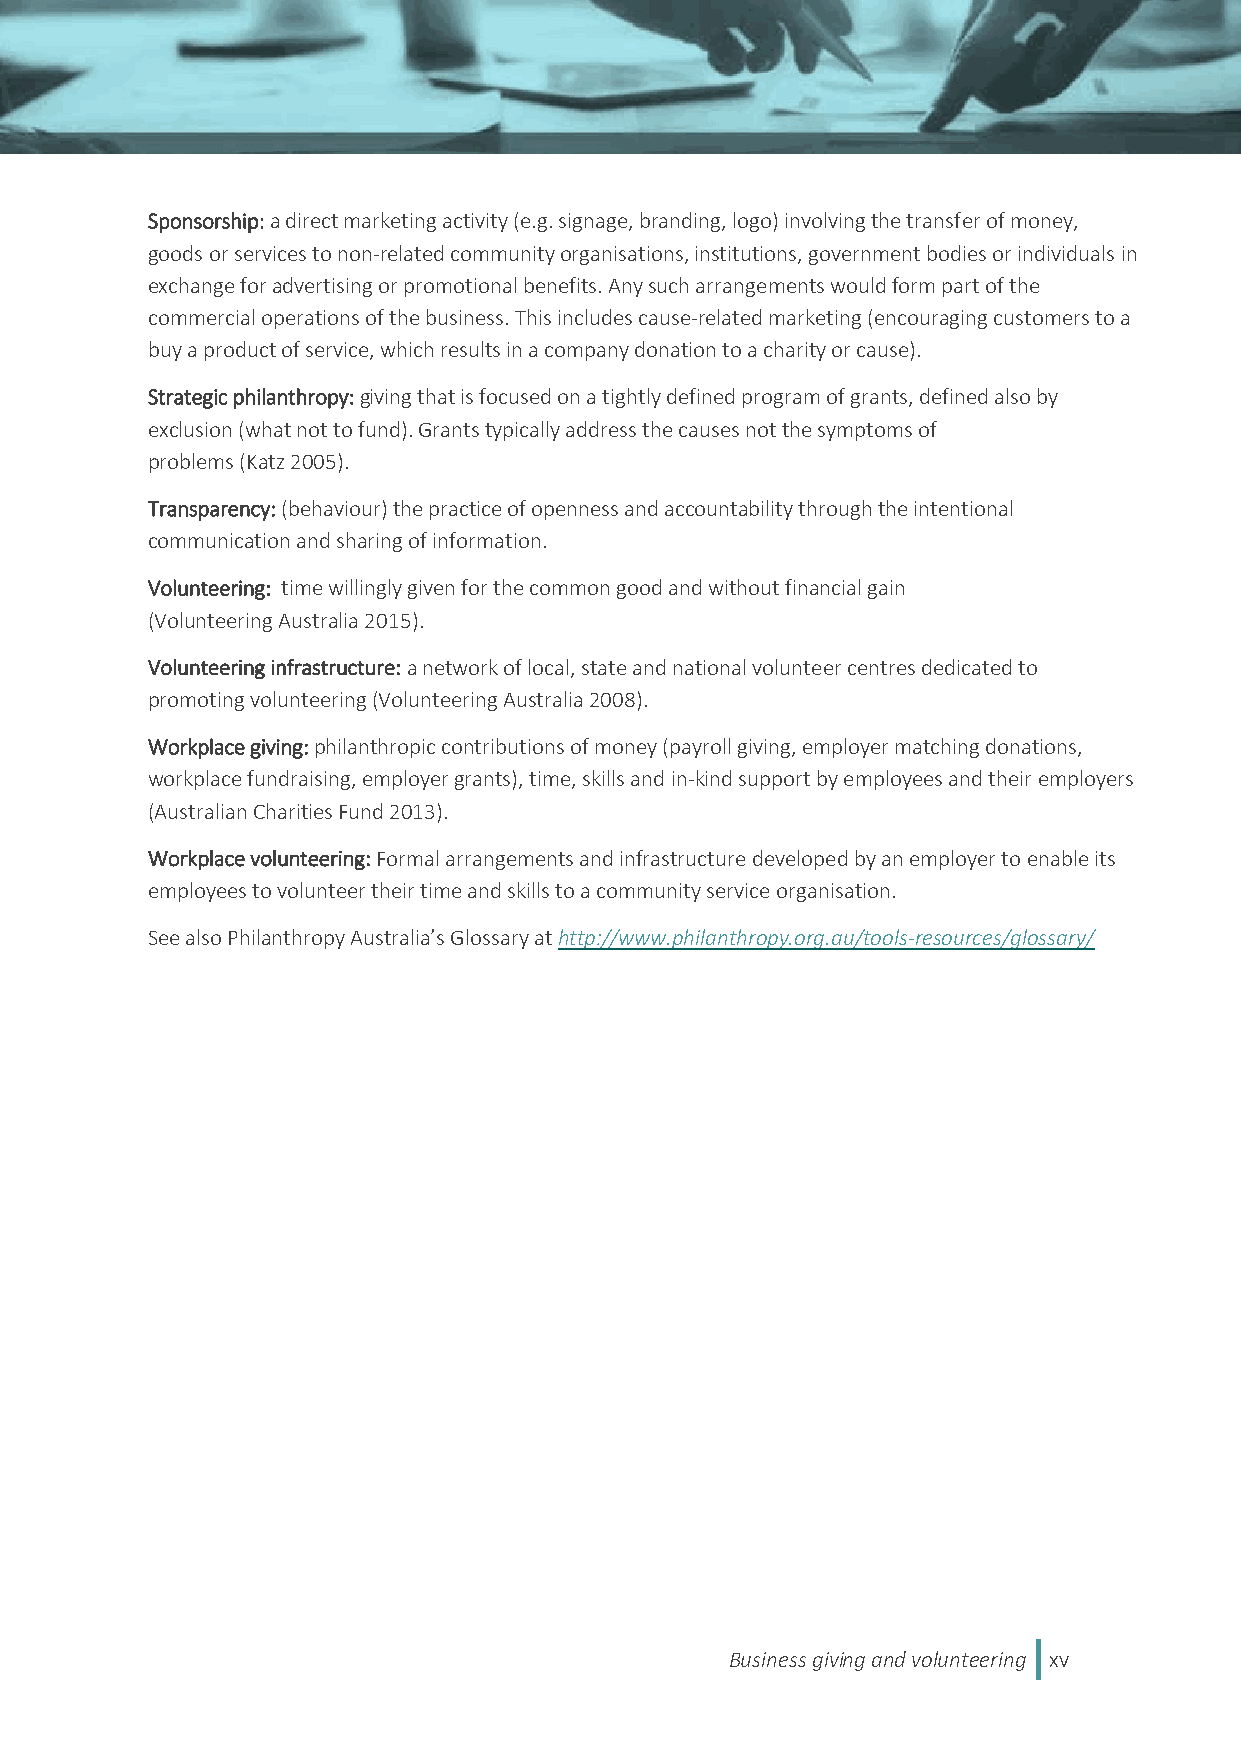
Sponsorship: a direct marketing activity (e.g. signage, branding, logo) involving the transfer of money,
 goods or services to non-related community organisations, institutions, government bodies or individuals in
 exchange for advertising or promotional benefits. Any such arrangements would form part of the
 commercial operations of the business. This includes cause-related marketing (encouraging customers to a
 buy a product of service, which results in a company donation to a charity or cause).
 Strategic philanthropy: giving that is focused on a tightly defined program of grants, defined also by
 exclusion (what not to fund). Grants typically address the causes not the symptoms of
 problems (Katz 2005).
 Transparency: (behaviour) the practice of openness and accountability through the intentional
 communication and sharing of information.
 Volunteering: time willingly given for the common good and without financial gain
 (Volunteering Australia 2015).
 Volunteering infrastructure: a network of local, state and national volunteer centres dedicated to
 promoting volunteering (Volunteering Australia 2008).
 Workplace giving: philanthropic contributions of money (payroll giving, employer matching donations,
 workplace fundraising, employer grants), time, skills and in-kind support by employees and their employers
 (Australian Charities Fund 2013).
 Workplace volunteering: Formal arrangements and infrastructure developed by an employer to enable its
 employees to volunteer their time and skills to a community service organisation.
 See also Philanthropy Australia’s Glossary at http://www.philanthropy.org.au/tools-resources/glossary/
 Business giving and volunteering xv